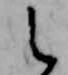
之